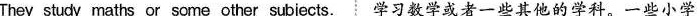
They study maths or some other subjects.学习数学或者一些其他的学科.一些小学